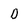
Character: D